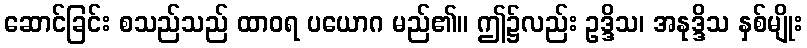
ဆောင်ခြင်း စသည်သည် ထာဝရ ပယောဂ မည်၏။ ဤ၌လည်း ဥဒ္ဒိသ၊ အနုဒ္ဒိသ နှစ်မျိုး